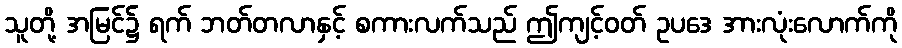
သူတို့ အမြင်၌ ရက် ဘတ်တလာနှင့် စကားလက်သည် ဤကျင့်ဝတ် ဥပဒေ အားလုံးလောက်ကို